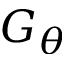
G _ { \theta }